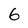
Character: 6